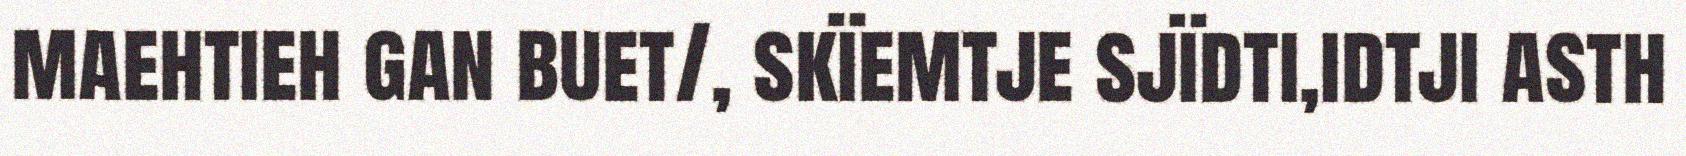
maehtieh gan buet/, skïemtje sjïdti,idtji asth